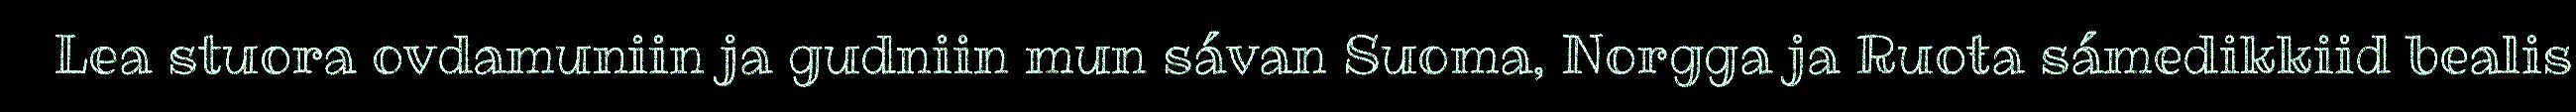
Lea stuora ovdamuniin ja gudniin mun sávan Suoma, Norgga ja Ruoŧa sámedikkiid bealis